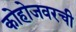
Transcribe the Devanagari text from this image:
कोहोजवरची